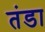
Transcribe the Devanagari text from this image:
तंडा